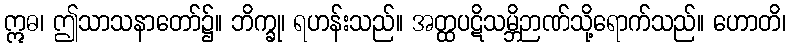
ဣဓ၊ ဤသာသနာတော်၌။ ဘိက္ခု၊ ရဟန်းသည်။ အတ္ထပဋိသမ္ဘိဉာဏ်သို့ရောက်သည်။ ဟောတိ၊